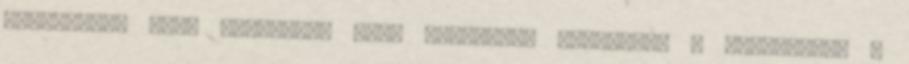
kicsengése van. Noszogat, hogy beszéljek magamról, a munkámról. -